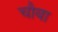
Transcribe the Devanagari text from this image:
चौबा